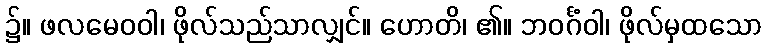
၌။ ဖလမေဝဝါ၊ ဖိုလ်သည်သာလျှင်။ ဟောတိ၊ ၏။ ဘဝင်္ဂံဝါ၊ ဖိုလ်မှထသော